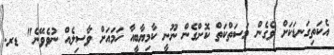
އެކަތިގަނޑަކަށް ވެގެން މަސަތްކަތް ކޮށްގެން ނޫނީ ކާމިޔާބީއާ ހަމައަށް ވާސިލެއް ނުވެވޭނެ" ޑރ.